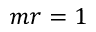
m r = 1